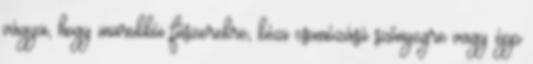
vágya, hogy marokkói fűszerekre, kézi csomózású szőnyegre vagy épp